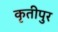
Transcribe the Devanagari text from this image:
कृतीपुर